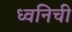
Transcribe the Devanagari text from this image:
ध्वनिची